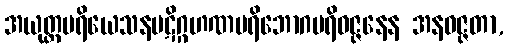
အယုတ္တပရိယေသနပဋိဂ္ဂဟဏပရိဘောဂပရိဝဇ္ဇနေန အနဝဇ္ဇတာ,